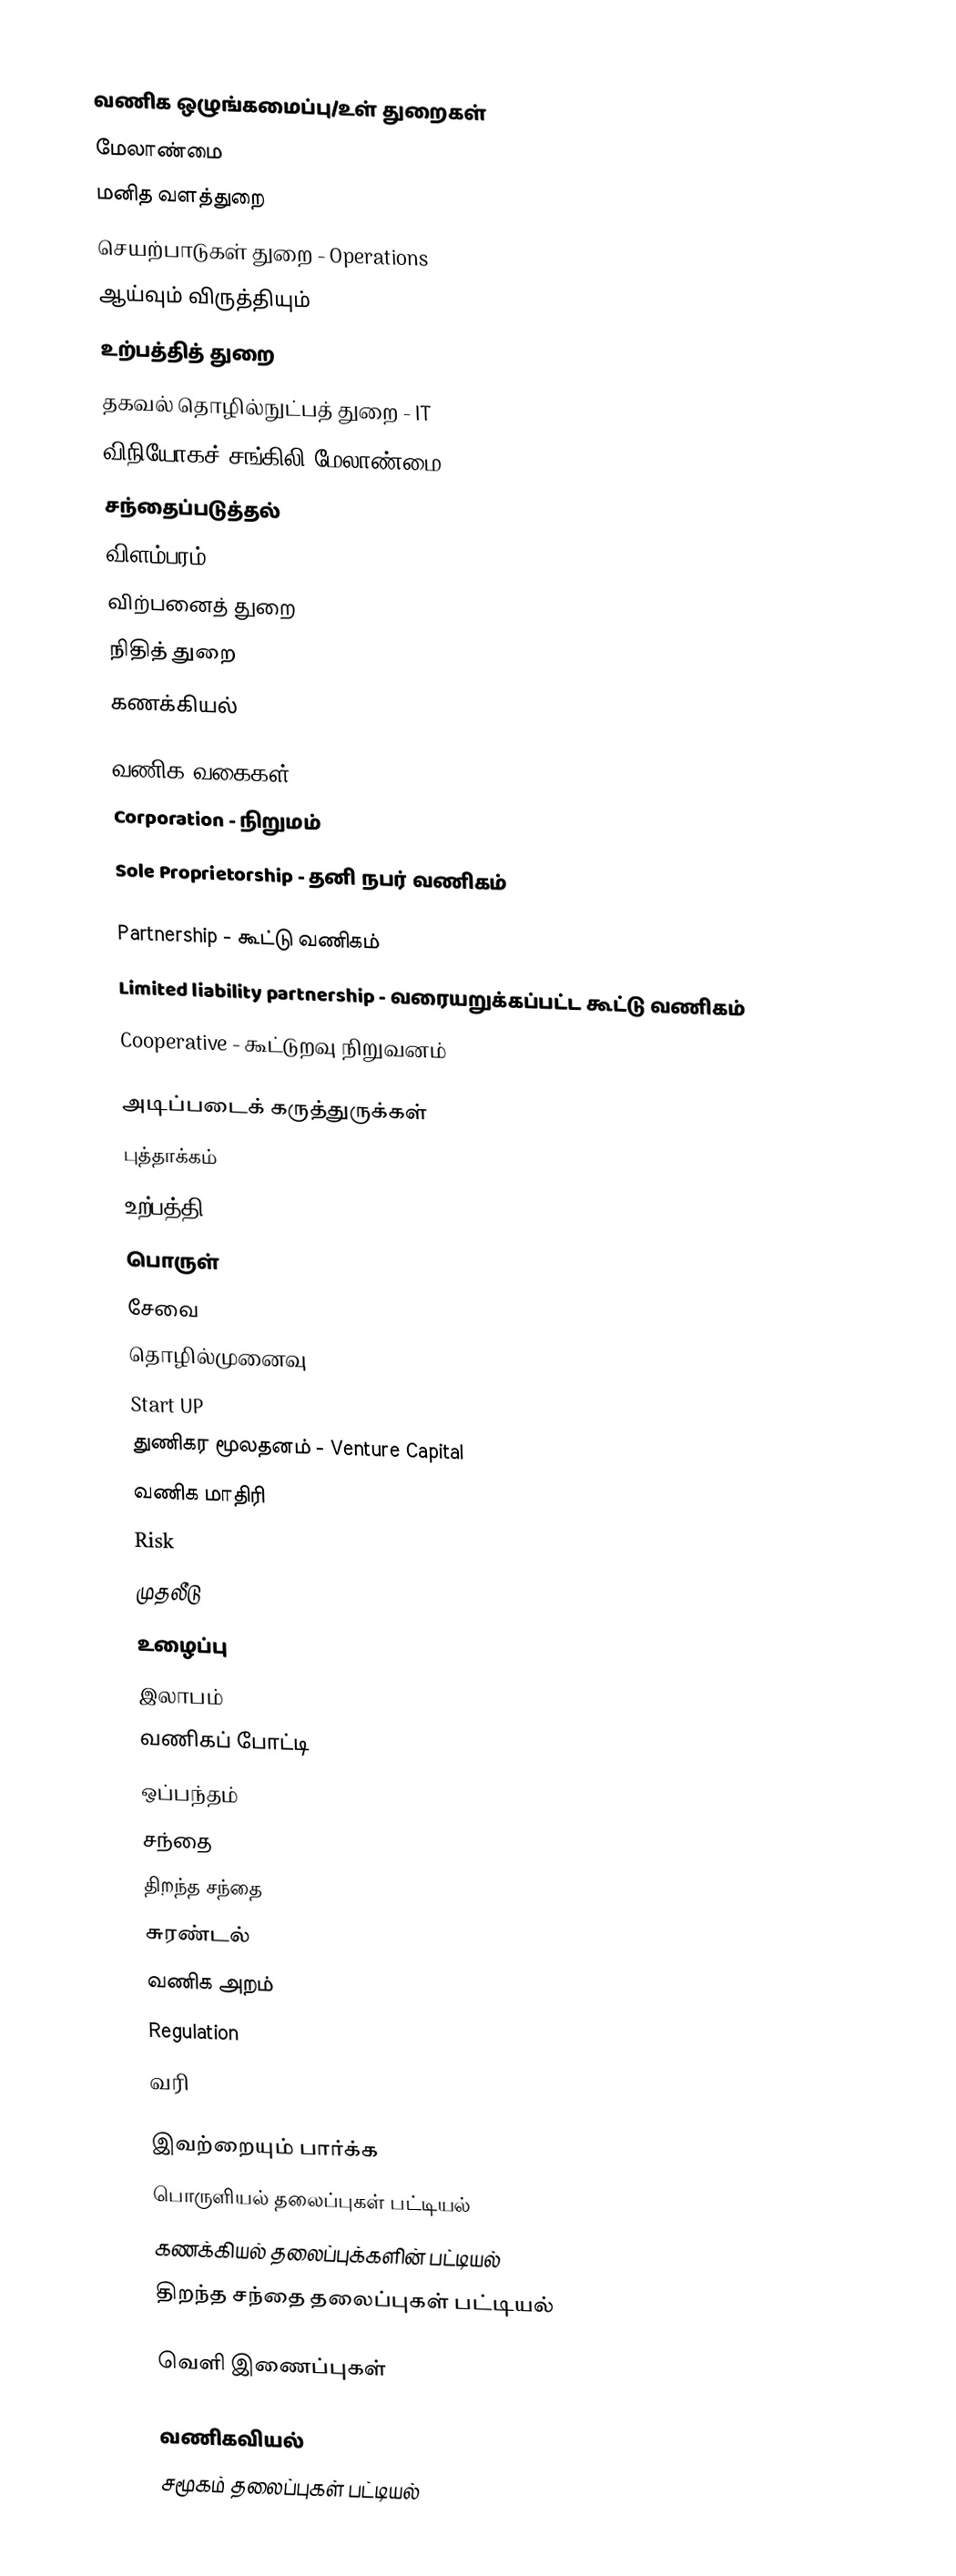

வணிக ஒழுங்கமைப்பு/உள் துறைகள்
 மேலாண்மை
 மனித வளத்துறை
 செயற்பாடுகள் துறை - Operations
 ஆய்வும் விருத்தியும்
 உற்பத்தித் துறை
 தகவல் தொழில்நுட்பத் துறை - IT
 விநியோகச் சங்கிலி மேலாண்மை
 சந்தைப்படுத்தல்
 விளம்பரம்
 விற்பனைத் துறை
 நிதித் துறை
 கணக்கியல்

வணிக வகைகள்
 Corporation - நிறுமம்
 Sole Proprietorship - தனி நபர் வணிகம்

 Partnership - கூட்டு வணிகம்
 Limited liability partnership - வரையறுக்கப்பட்ட கூட்டு வணிகம்
 Cooperative - கூட்டுறவு நிறுவனம்

அடிப்படைக் கருத்துருக்கள்
 புத்தாக்கம்
 உற்பத்தி
 பொருள்
 சேவை
 தொழில்முனைவு
 Start UP
 துணிகர மூலதனம் - Venture Capital
 வணிக மாதிரி
 Risk
 முதலீடு
 உழைப்பு
 இலாபம்
 வணிகப் போட்டி
 ஒப்பந்தம்
 சந்தை
 திறந்த சந்தை
 சுரண்டல்
 வணிக அறம்
 Regulation
 வரி

இவற்றையும் பார்க்க
 பொருளியல் தலைப்புகள் பட்டியல்
 கணக்கியல் தலைப்புக்களின் பட்டியல்
 திறந்த சந்தை தலைப்புகள் பட்டியல்

வெளி இணைப்புகள்

வணிகவியல்
சமூகம் தலைப்புகள் பட்டியல்